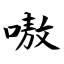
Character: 嗷